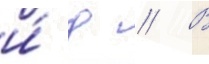
и́ д // В